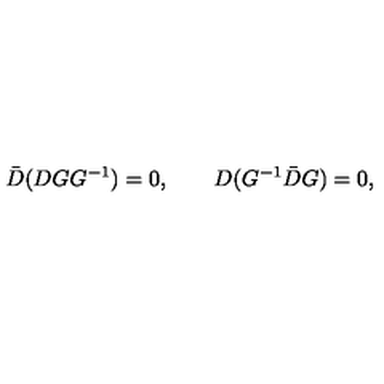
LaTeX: \bar { D } ( D G G ^ { - 1 } ) = 0 , \qquad D ( G ^ { - 1 } \bar { D } G ) = 0 ,